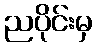
ညပိုင်းမှ